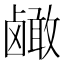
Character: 𬸹